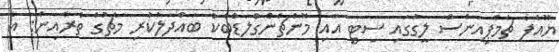
ޔޫއެފާ ޗެމްޕިއަންސް ލީގުގައި ސިޓީ އާއި މޮންޗެންގްލަޑްބެކް ބައްދަލުކުރި މެޗުގެ ތެރެއިން: އެ